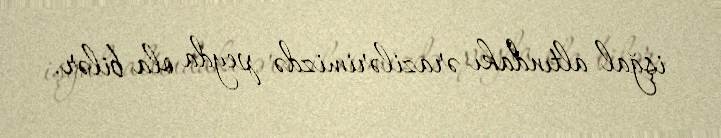
işğal altındakı ərazilərimizdə peyda ola bilər.